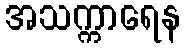
အသက္ကာရေန